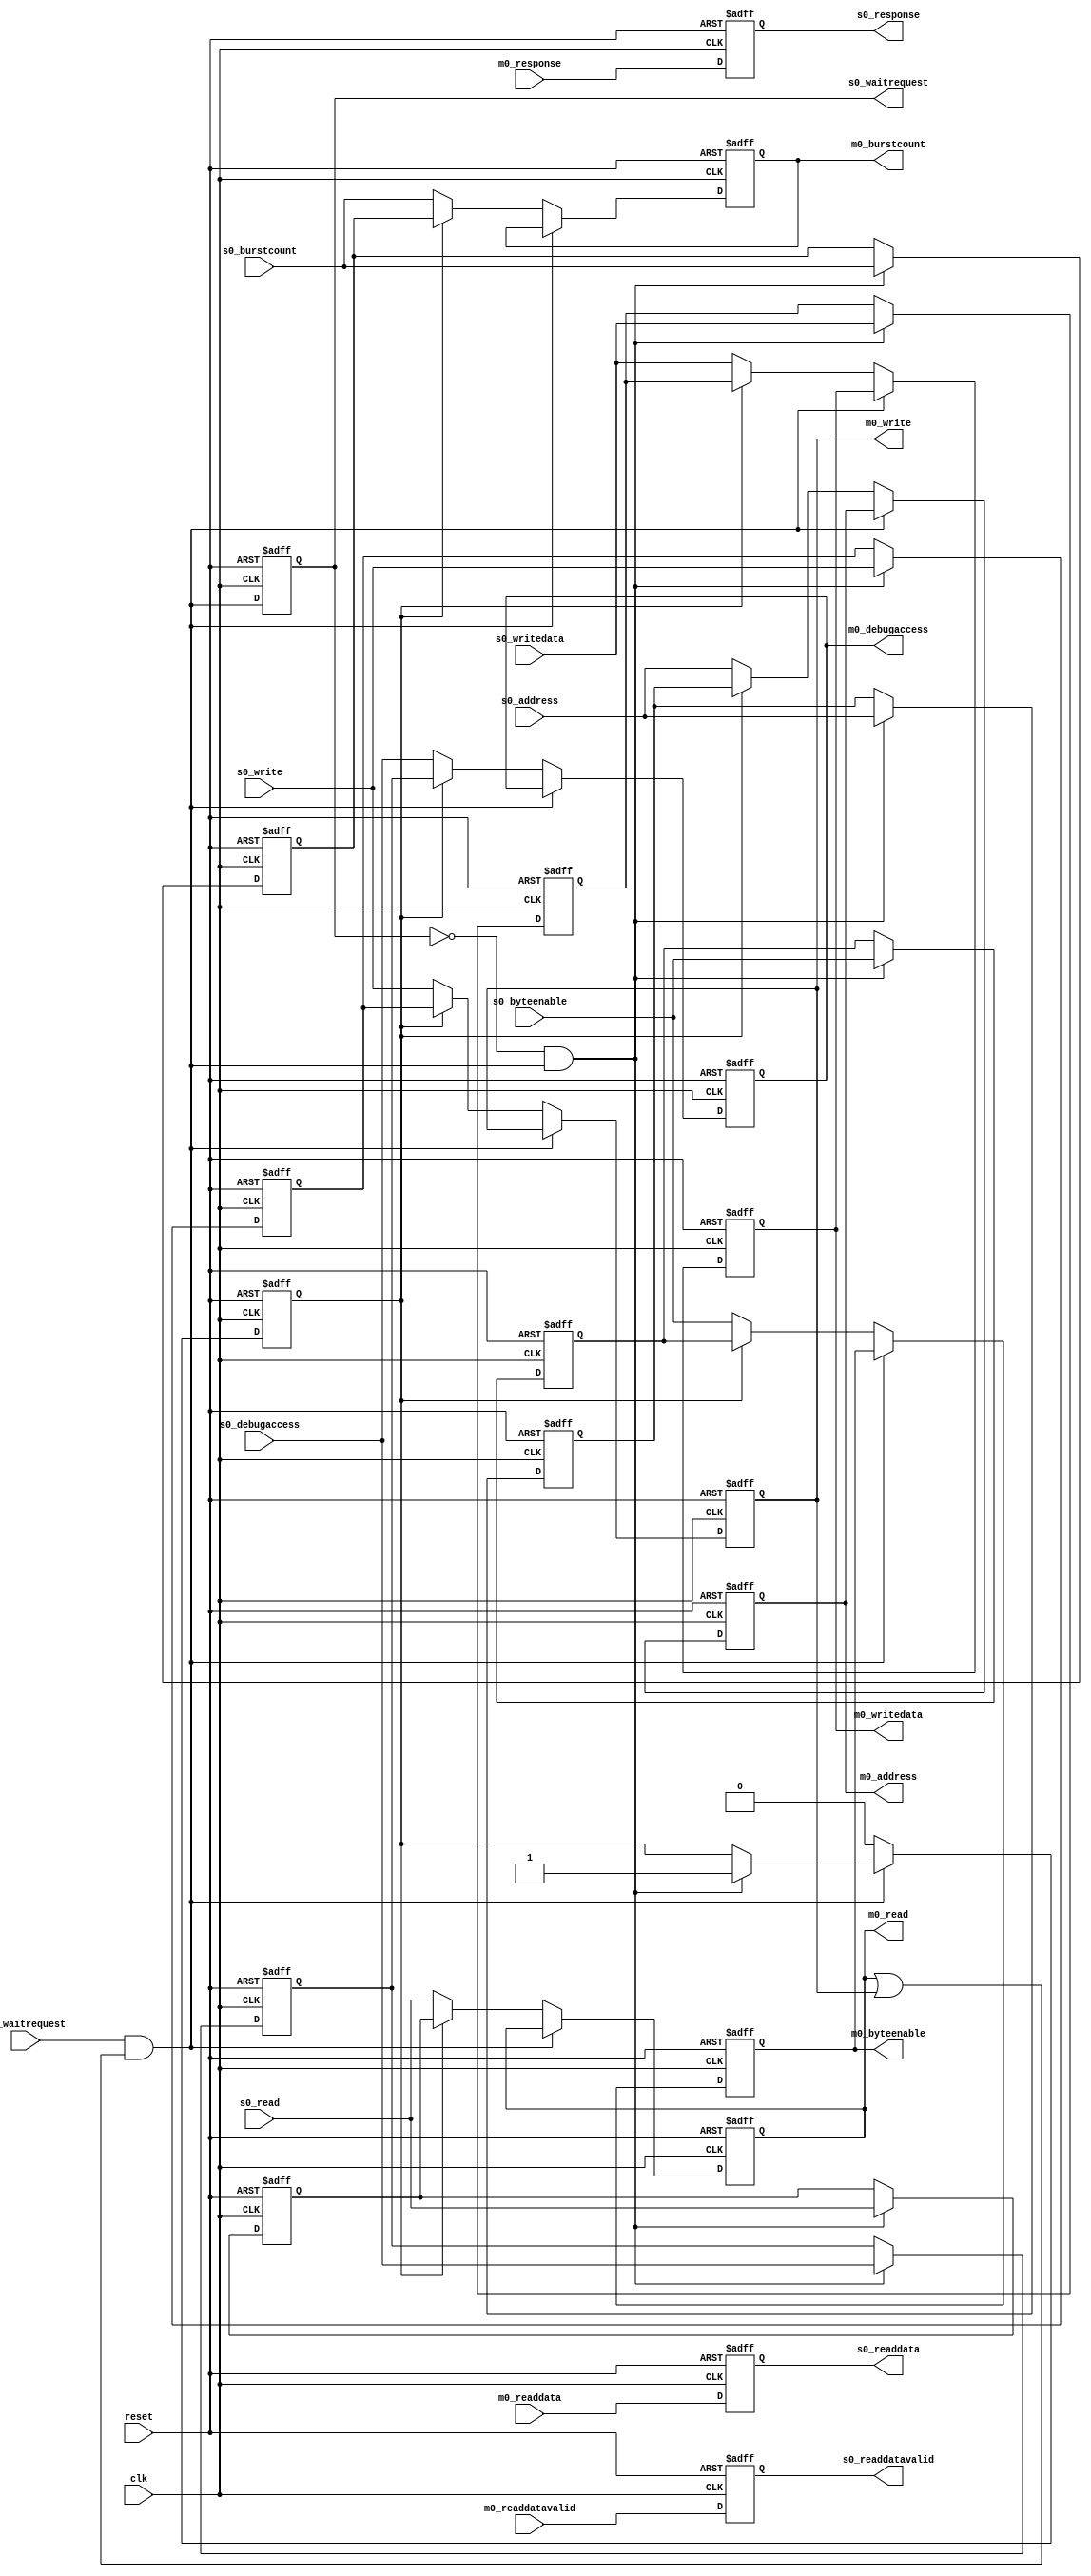
// (C) 2001-2016 Intel Corporation. All rights reserved.
// Your use of Intel Corporation's design tools, logic functions and other 
// software and tools, and its AMPP partner logic functions, and any output 
// files any of the foregoing (including device programming or simulation 
// files), and any associated documentation or information are expressly subject 
// to the terms and conditions of the Intel Program License Subscription 
// Agreement, Intel MegaCore Function License Agreement, or other applicable 
// license agreement, including, without limitation, that your use is for the 
// sole purpose of programming logic devices manufactured by Intel and sold by 
// Intel or its authorized distributors.  Please refer to the applicable 
// agreement for further details.


// $Id: //acds/rel/16.1/ip/merlin/altera_avalon_mm_bridge/altera_avalon_mm_bridge.v#1 $
// $Revision: #1 $
// $Date: 2016/08/07 $
// $Author: swbranch $
// --------------------------------------
// Avalon-MM pipeline bridge
//
// Optionally registers Avalon-MM command and response signals
// --------------------------------------

`timescale 1 ns / 1 ns
module altera_avalon_mm_bridge
#(
    parameter DATA_WIDTH           = 32,
    parameter SYMBOL_WIDTH         = 8,
    parameter RESPONSE_WIDTH       = 2,
    parameter HDL_ADDR_WIDTH       = 10,
    parameter BURSTCOUNT_WIDTH     = 1,

    parameter PIPELINE_COMMAND     = 1,
    parameter PIPELINE_RESPONSE    = 1,

    // --------------------------------------
    // Derived parameters
    // --------------------------------------
    parameter BYTEEN_WIDTH = DATA_WIDTH / SYMBOL_WIDTH
)
(
    input                         clk,
    input                         reset,

    output                        s0_waitrequest,
    output [DATA_WIDTH-1:0]       s0_readdata,
    output                        s0_readdatavalid,
    output [RESPONSE_WIDTH-1:0]   s0_response,
    input  [BURSTCOUNT_WIDTH-1:0] s0_burstcount,
    input  [DATA_WIDTH-1:0]       s0_writedata,
    input  [HDL_ADDR_WIDTH-1:0]   s0_address, 
    input                         s0_write, 
    input                         s0_read, 
    input  [BYTEEN_WIDTH-1:0]     s0_byteenable, 
    input                         s0_debugaccess,

    input                         m0_waitrequest,
    input  [DATA_WIDTH-1:0]       m0_readdata,
    input                         m0_readdatavalid,
    input  [RESPONSE_WIDTH-1:0]   m0_response,
    output [BURSTCOUNT_WIDTH-1:0] m0_burstcount,
    output [DATA_WIDTH-1:0]       m0_writedata,
    output [HDL_ADDR_WIDTH-1:0]   m0_address, 
    output                        m0_write, 
    output                        m0_read, 
    output [BYTEEN_WIDTH-1:0]     m0_byteenable,
    output                        m0_debugaccess
);
    // --------------------------------------
    // Registers & signals
    // --------------------------------------
    reg [BURSTCOUNT_WIDTH-1:0]   cmd_burstcount;
    reg [DATA_WIDTH-1:0]         cmd_writedata;
    reg [HDL_ADDR_WIDTH-1:0]     cmd_address; 
    reg                          cmd_write;  
    reg                          cmd_read;  
    reg [BYTEEN_WIDTH-1:0]       cmd_byteenable;
    wire                         cmd_waitrequest;
    reg                          cmd_debugaccess;

    reg [BURSTCOUNT_WIDTH-1:0]   wr_burstcount;
    reg [DATA_WIDTH-1:0]         wr_writedata;
    reg [HDL_ADDR_WIDTH-1:0]     wr_address; 
    reg                          wr_write;  
    reg                          wr_read;  
    reg [BYTEEN_WIDTH-1:0]       wr_byteenable;
    reg                          wr_debugaccess;

    reg [BURSTCOUNT_WIDTH-1:0]   wr_reg_burstcount;
    reg [DATA_WIDTH-1:0]         wr_reg_writedata;
    reg [HDL_ADDR_WIDTH-1:0]     wr_reg_address; 
    reg                          wr_reg_write;  
    reg                          wr_reg_read;  
    reg [BYTEEN_WIDTH-1:0]       wr_reg_byteenable;
    reg                          wr_reg_waitrequest;
    reg                          wr_reg_debugaccess;

    reg                          use_reg;
    wire                         wait_rise;

    reg [DATA_WIDTH-1:0]         rsp_readdata;
    reg                          rsp_readdatavalid;
    reg [RESPONSE_WIDTH-1:0]     rsp_response;   

    // --------------------------------------
    // Command pipeline
    //
    // Registers all command signals, including waitrequest
    // --------------------------------------
    generate if (PIPELINE_COMMAND == 1) begin

        // --------------------------------------
        // Waitrequest Pipeline Stage
        //
        // Output waitrequest is delayed by one cycle, which means
        // that a master will see waitrequest assertions one cycle 
        // too late.
        //
        // Solution: buffer the command when waitrequest transitions
        // from low->high. As an optimization, we can safely assume 
        // waitrequest is low by default because downstream logic
        // in the bridge ensures this.
        //
        // Note: this implementation buffers idle cycles should 
        // waitrequest transition on such cycles. This is a potential
        // cause for throughput loss, but ye olde pipeline bridge did
        // the same for years and no one complained. Not buffering idle
        // cycles costs logic on the waitrequest path.
        // --------------------------------------
        assign s0_waitrequest = wr_reg_waitrequest;
        assign wait_rise      = ~wr_reg_waitrequest & cmd_waitrequest;
     
        always @(posedge clk, posedge reset) begin
            if (reset) begin
                wr_reg_waitrequest <= 1'b1;
                // --------------------------------------
                // Bit of trickiness here, deserving of a long comment.
                //
                // On the first cycle after reset, the pass-through
                // must not be used or downstream logic may sample
                // the same command twice because of the delay in
                // transmitting a falling waitrequest.
                //
                // Using the registered command works on the condition
                // that downstream logic deasserts waitrequest
                // immediately after reset, which is true of the 
                // next stage in this bridge.
                // --------------------------------------
                use_reg            <= 1'b1;

                wr_reg_burstcount <= 1'b1;
                wr_reg_writedata  <= 0;
                wr_reg_byteenable <= {BYTEEN_WIDTH{1'b1}};
                wr_reg_address    <= 0;
                wr_reg_write      <= 1'b0;
                wr_reg_read       <= 1'b0;
                wr_reg_debugaccess <= 1'b0;
            end else begin
                wr_reg_waitrequest <= cmd_waitrequest;

                if (wait_rise) begin
                    wr_reg_writedata  <= s0_writedata;
                    wr_reg_byteenable <= s0_byteenable;
                    wr_reg_address    <= s0_address;
                    wr_reg_write      <= s0_write;
                    wr_reg_read       <= s0_read;
                    wr_reg_burstcount <= s0_burstcount;
                    wr_reg_debugaccess <= s0_debugaccess;
                end

                // stop using the buffer when waitrequest is low
                if (~cmd_waitrequest)
                     use_reg <= 1'b0;
                else if (wait_rise) begin
                    use_reg <= 1'b1;
                end     

            end
        end
     
        always @* begin
            wr_burstcount  =  s0_burstcount;
            wr_writedata   =  s0_writedata;
            wr_address     =  s0_address;
            wr_write       =  s0_write;
            wr_read        =  s0_read;
            wr_byteenable  =  s0_byteenable;
            wr_debugaccess =  s0_debugaccess;
     
            if (use_reg) begin
                wr_burstcount  =  wr_reg_burstcount;
                wr_writedata   =  wr_reg_writedata;
                wr_address     =  wr_reg_address;
                wr_write       =  wr_reg_write;
                wr_read        =  wr_reg_read;
                wr_byteenable  =  wr_reg_byteenable;
                wr_debugaccess =  wr_reg_debugaccess;
            end
        end
     
        // --------------------------------------
        // Master-Slave Signal Pipeline Stage 
        //
        // One notable detail is that cmd_waitrequest is deasserted
        // when this stage is idle. This allows us to make logic
        // optimizations in the waitrequest pipeline stage.
        // 
        // Also note that cmd_waitrequest is deasserted during reset,
        // which is not spec-compliant, but is ok for an internal
        // signal.
        // --------------------------------------
        wire no_command;
        assign no_command      = ~(cmd_read || cmd_write);
        assign cmd_waitrequest = m0_waitrequest & ~no_command;
     
        always @(posedge clk, posedge reset) begin
            if (reset) begin
                cmd_burstcount <= 1'b1;
                cmd_writedata  <= 0;
                cmd_byteenable <= {BYTEEN_WIDTH{1'b1}};
                cmd_address    <= 0;
                cmd_write      <= 1'b0;
                cmd_read       <= 1'b0;
                cmd_debugaccess <= 1'b0;
            end 
            else begin 
                if (~cmd_waitrequest) begin
                    cmd_writedata  <= wr_writedata;
                    cmd_byteenable <= wr_byteenable;
                    cmd_address    <= wr_address;
                    cmd_write      <= wr_write;
                    cmd_read       <= wr_read;
                    cmd_burstcount <= wr_burstcount;
                    cmd_debugaccess <= wr_debugaccess;
                end
            end
        end

    end  // conditional command pipeline
    else begin

        assign s0_waitrequest   = m0_waitrequest;

        always @* begin
            cmd_burstcount   = s0_burstcount;
            cmd_writedata    = s0_writedata;
            cmd_address      = s0_address;
            cmd_write        = s0_write;
            cmd_read         = s0_read;
            cmd_byteenable   = s0_byteenable;
            cmd_debugaccess  = s0_debugaccess;
        end

    end
    endgenerate

    assign m0_burstcount    = cmd_burstcount;
    assign m0_writedata     = cmd_writedata;
    assign m0_address       = cmd_address;
    assign m0_write         = cmd_write;
    assign m0_read          = cmd_read;
    assign m0_byteenable    = cmd_byteenable;
    assign m0_debugaccess   = cmd_debugaccess;

    // --------------------------------------
    // Response pipeline
    //
    // Registers all response signals
    // --------------------------------------
    generate if (PIPELINE_RESPONSE == 1) begin

        always @(posedge clk, posedge reset) begin
            if (reset) begin
                rsp_readdatavalid <= 1'b0;
                rsp_readdata      <= 0;
                rsp_response      <= 0;               
            end 
            else begin
                rsp_readdatavalid <= m0_readdatavalid;
                rsp_readdata      <= m0_readdata;
                rsp_response      <= m0_response;               
            end
        end

    end  // conditional response pipeline
    else begin

        always @* begin
            rsp_readdatavalid = m0_readdatavalid;
            rsp_readdata      = m0_readdata;
            rsp_response      = m0_response;           
        end
    end
    endgenerate

    assign s0_readdatavalid = rsp_readdatavalid;
    assign s0_readdata      = rsp_readdata;
    assign s0_response      = rsp_response;   

endmodule